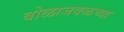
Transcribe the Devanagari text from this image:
बोळाजवळच्या